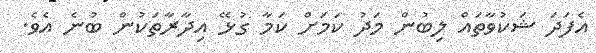
އެފަދަ ޝަކުވާތައް ލިބުން މަދު ކަމަށް ކަމާ ގުޅޭ އިދާރާތަކުން ބުނެ އެވެ.